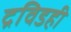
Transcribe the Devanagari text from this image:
द्रविडही